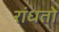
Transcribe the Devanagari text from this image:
रांधतो